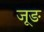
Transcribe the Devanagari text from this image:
जूङ